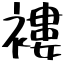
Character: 褸